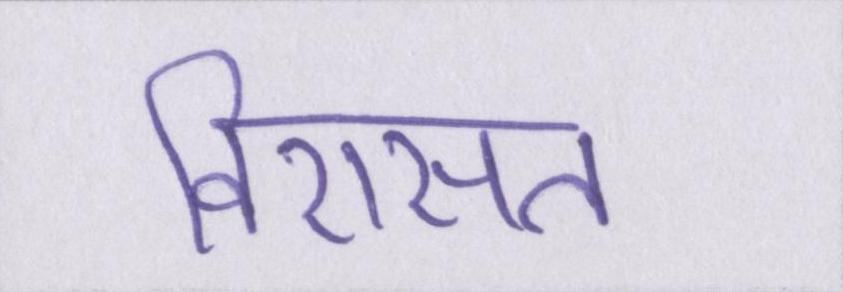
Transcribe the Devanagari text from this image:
विरासत